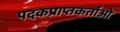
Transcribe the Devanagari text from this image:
पदकप्राप्तकर्ताओं